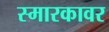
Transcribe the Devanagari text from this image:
स्मारकावर